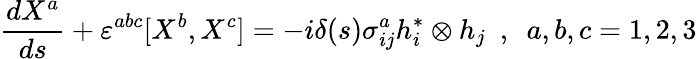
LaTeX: \frac{dX^{a}}{ds}+\varepsilon^{abc}[X^{b},X^{c}]=-i\delta(s)\sigma_{ij}^{a}h_{i}^{\ast}\otimes h_{j}~~,~~a,b,c=1,2,3